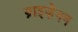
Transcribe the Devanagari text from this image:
ग्राइज़ेनन